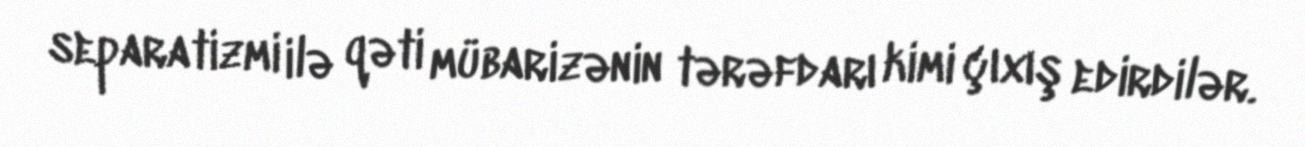
separatizmi ilə qəti mübarizənin tərəfdarı kimi çıxış edirdilər.